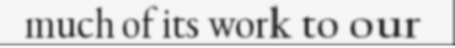
much of its work to our